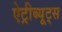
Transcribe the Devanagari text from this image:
ऐट्रीब्यूट्स